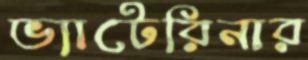
ভ্যাটেরিনার